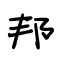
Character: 邦